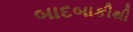
બાદબાકીથી